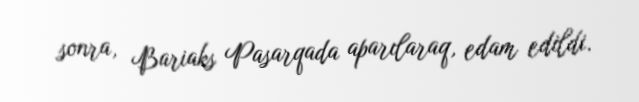
sonra, Bariaks Pasarqada aparılaraq, edam edildi.